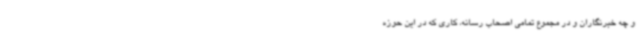
و چه خبرنگاران و در مجموع تمامی اصحاب رسانه، کاری که در این حوزه